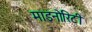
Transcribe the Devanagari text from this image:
माइनोरिटी